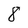
Character: 8